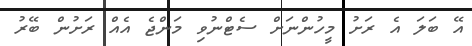
އޭ ބަލަ އެ ރަށު މީހުންނަށް ސެޓްނުވި މަންޖެ އެއް ރަށުން ބޭރު